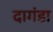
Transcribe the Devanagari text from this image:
दागंडा